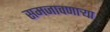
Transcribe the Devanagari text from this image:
समजावणाऱ्या